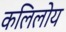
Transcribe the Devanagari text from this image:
कलिलोय